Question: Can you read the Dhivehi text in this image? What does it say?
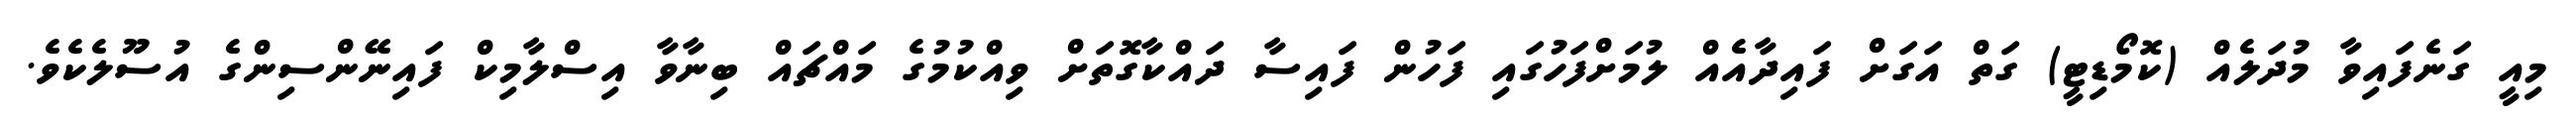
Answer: މިއީ ގަނެފައިވާ މުދަލެއް (ކޮމޯޑިޓީ) ގަތް އަގަށް ފައިދާއެއް ލުމަށްފަހުގައި ފަހުން ފައިސާ ދައްކާގޮތަށް ވިއްކުމުގެ މައްޗައް ބިނާވާ އިސްލާމިކް ފައިނޭންސިންގެ އުސޫލެކެވެ.